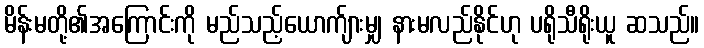
မိန်းမတို့၏အကြောင်းကို မည်သည့်ယောက်ျားမျှ နားမလည်နိုင်ဟု ပရိုသီရိုးယူ ဆသည်။